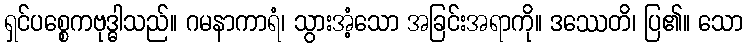
ရှင်ပစ္စေကဗုဒ္ဓါသည်။ ဂမနာကာရံ၊ သွားအံ့သော အခြင်းအရာကို။ ဒဿေတိ၊ ပြ၏။ သော